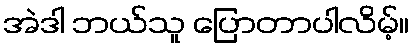
အဲဒါ ဘယ်သူ ပြောတာပါလိမ့်။